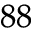
^ { 8 8 }